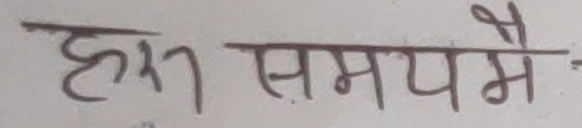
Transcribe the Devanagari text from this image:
हस समयमै